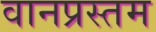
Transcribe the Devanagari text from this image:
वानप्रस्तम